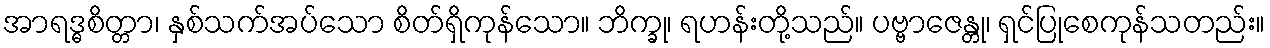
အာရဒ္ဓစိတ္တာ၊ နှစ်သက်အပ်သော စိတ်ရှိကုန်သော။ ဘိက္ခု၊ ရဟန်းတို့သည်။ ပဗ္ဗာဇေန္တု၊ ရှင်ပြုစေကုန်သတည်း။